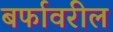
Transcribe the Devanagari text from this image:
बर्फावरील